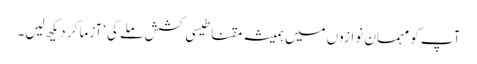
آپ کو مہمان نوازوں میں ہمیشہ مقناطیسی کشش ملے گی‘ آزما کر دیکھ لیں۔